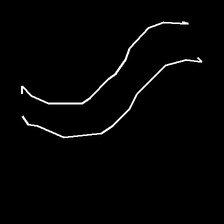
Glyph: float